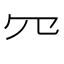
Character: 㓁